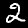
Label: 2